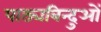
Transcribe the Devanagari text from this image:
पाठ्यबिन्दुओं